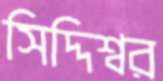
সিদ্দিশ্বর